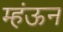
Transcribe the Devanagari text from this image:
म्हंऊन